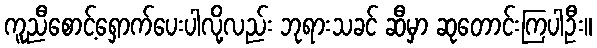
ကူညီစောင့်ရှောက်ပေးပါလို့လည်း ဘုရားသခင် ဆီမှာ ဆုတောင်းကြပါဦး။